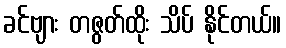
ခင်ဗျား တဇွတ်ထိုး သိပ် နိုင်တယ်။